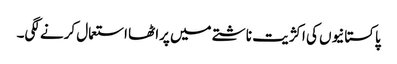
پاکستانیوں کی اکژیت ناشتے میں پراٹھا استعمال کرنے لگی۔